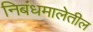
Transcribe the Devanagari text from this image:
निबंधमालेतील